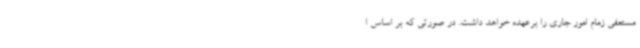
مستعفی زمام امور جاری را برعهده خواهد داشت. در صورتی که بر اساس ا